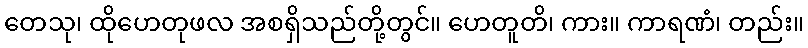
တေသု၊ ထိုဟေတုဖလ အစရှိသည်တို့တွင်။ ဟေတူတိ၊ ကား။ ကာရဏံ၊ တည်း။